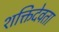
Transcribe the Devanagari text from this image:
शक्तिदेवता